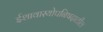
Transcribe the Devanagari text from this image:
ईशावास्योपनिषदातील